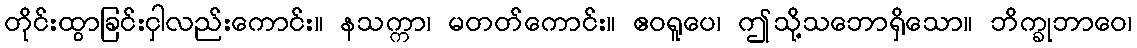
တိုင်းထွာခြင်းငှါလည်းကောင်း။ နသက္ကာ၊ မတတ်ကောင်း။ ဧဝရူပေ၊ ဤသို့သဘောရှိသော။ ဘိက္ခုဘာဝေ၊